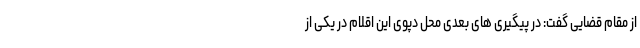
از مقام قضایی گفت: در پیگیری های بعدی محل دپوی این اقلام در یکی از